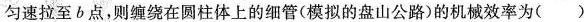
匀速拉至b点，则缠绕在圆柱体上的细管(模拟的盘山公路)的机械效率为( )